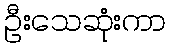
ဦးသေဆုံးကာ